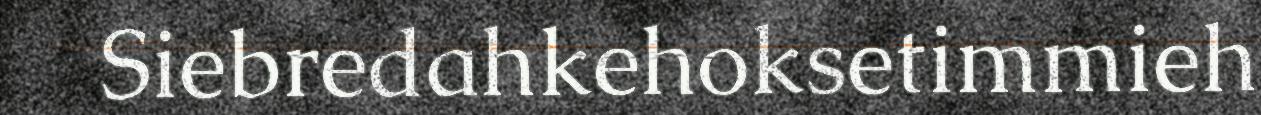
Siebredahkehoksetimmieh